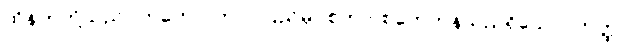
ထိုနတ်တို့သည်။ ဣတော၊ ဤလူပြည်မှ။ စုတာ၊ စုတေကုန်သည်ရှိသော်။ တတ္ထ၊